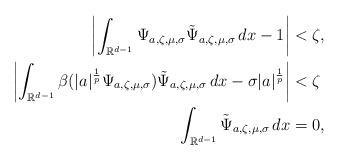
LaTeX: \begin{align*}\left|\int_{\mathbb{R}^{d-1}}\Psi_{a,\zeta,\mu,\sigma}\tilde{\Psi}_{a,\zeta,\mu,\sigma}\, dx -1\right| &< \zeta,\\\left|\int_{\mathbb{R}^{d-1}}\beta(|a|^\frac{1}{p}\Psi_{a,\zeta,\mu,\sigma})\tilde{\Psi}_{a,\zeta,\mu,\sigma}\, dx - \sigma |a|^\frac{1}{p}\right|&<\zeta\\\int_{\mathbb{R}^{d-1}}\tilde{\Psi}_{a,\zeta,\mu,\sigma}\, dx&= 0, \end{align*}